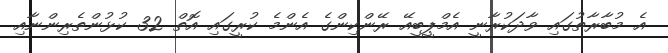
އެ މުބާރާތުގައި ވާދަކުރާނީ އެމްޕީބީއޭ ރޭންކިންގެ އެންމެ ކުރީގައި އޮތް 32 ކުޅުންތެރިންނާއި